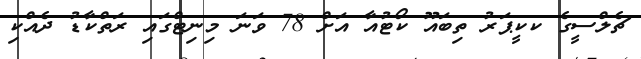
ޗެލްސީގެ ކކީޕަރު ތިބައޫ ކޯޓުއާ އަށް 78 ވަނަ މިނިޓްގައި ރަތްކާޑު ދެއްކި